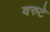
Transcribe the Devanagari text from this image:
वरुटे